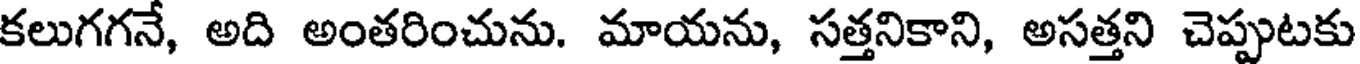
కలుగగనే, అది అంతరించును. మాయను, సత్తనికాని, అసత్తని చెప్పుటకు